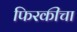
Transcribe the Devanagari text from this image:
फिरकीचा